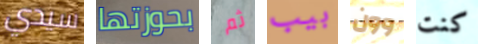
سيدي بحوزتها ثم بيب وون كنت